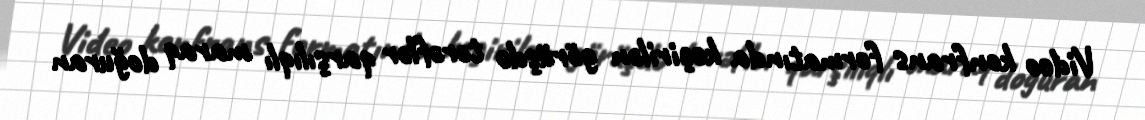
Video konfrans formatında keçirilən görüşdə tərəflər qarşılıqlı maraq doğuran